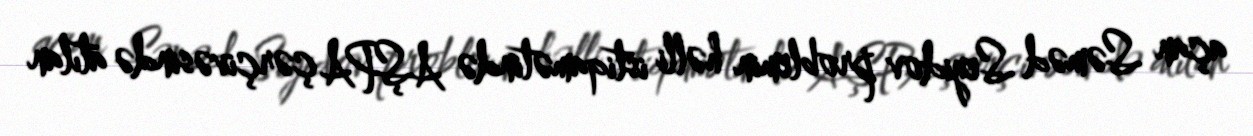
açan Səməd Seyidov problemin həlli istiqamətində AŞPA çərçivəsində atılan